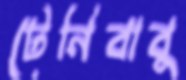
টেনিবাবু